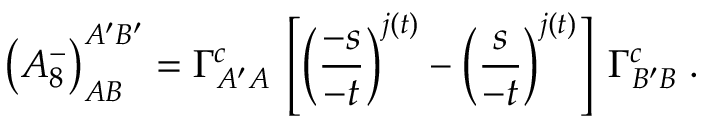
\left( { { \cal A } _ { 8 } ^ { - } } \right) _ { A B } ^ { A ^ { \prime } B ^ { \prime } } = \Gamma _ { A ^ { \prime } A } ^ { c } \: \left[ \left( { \frac { - s } { - t } } \right) ^ { j ( t ) } - \left( { \frac { s } { - t } } \right) ^ { j ( t ) } \right] \: \Gamma _ { B ^ { \prime } B } ^ { c } \; .